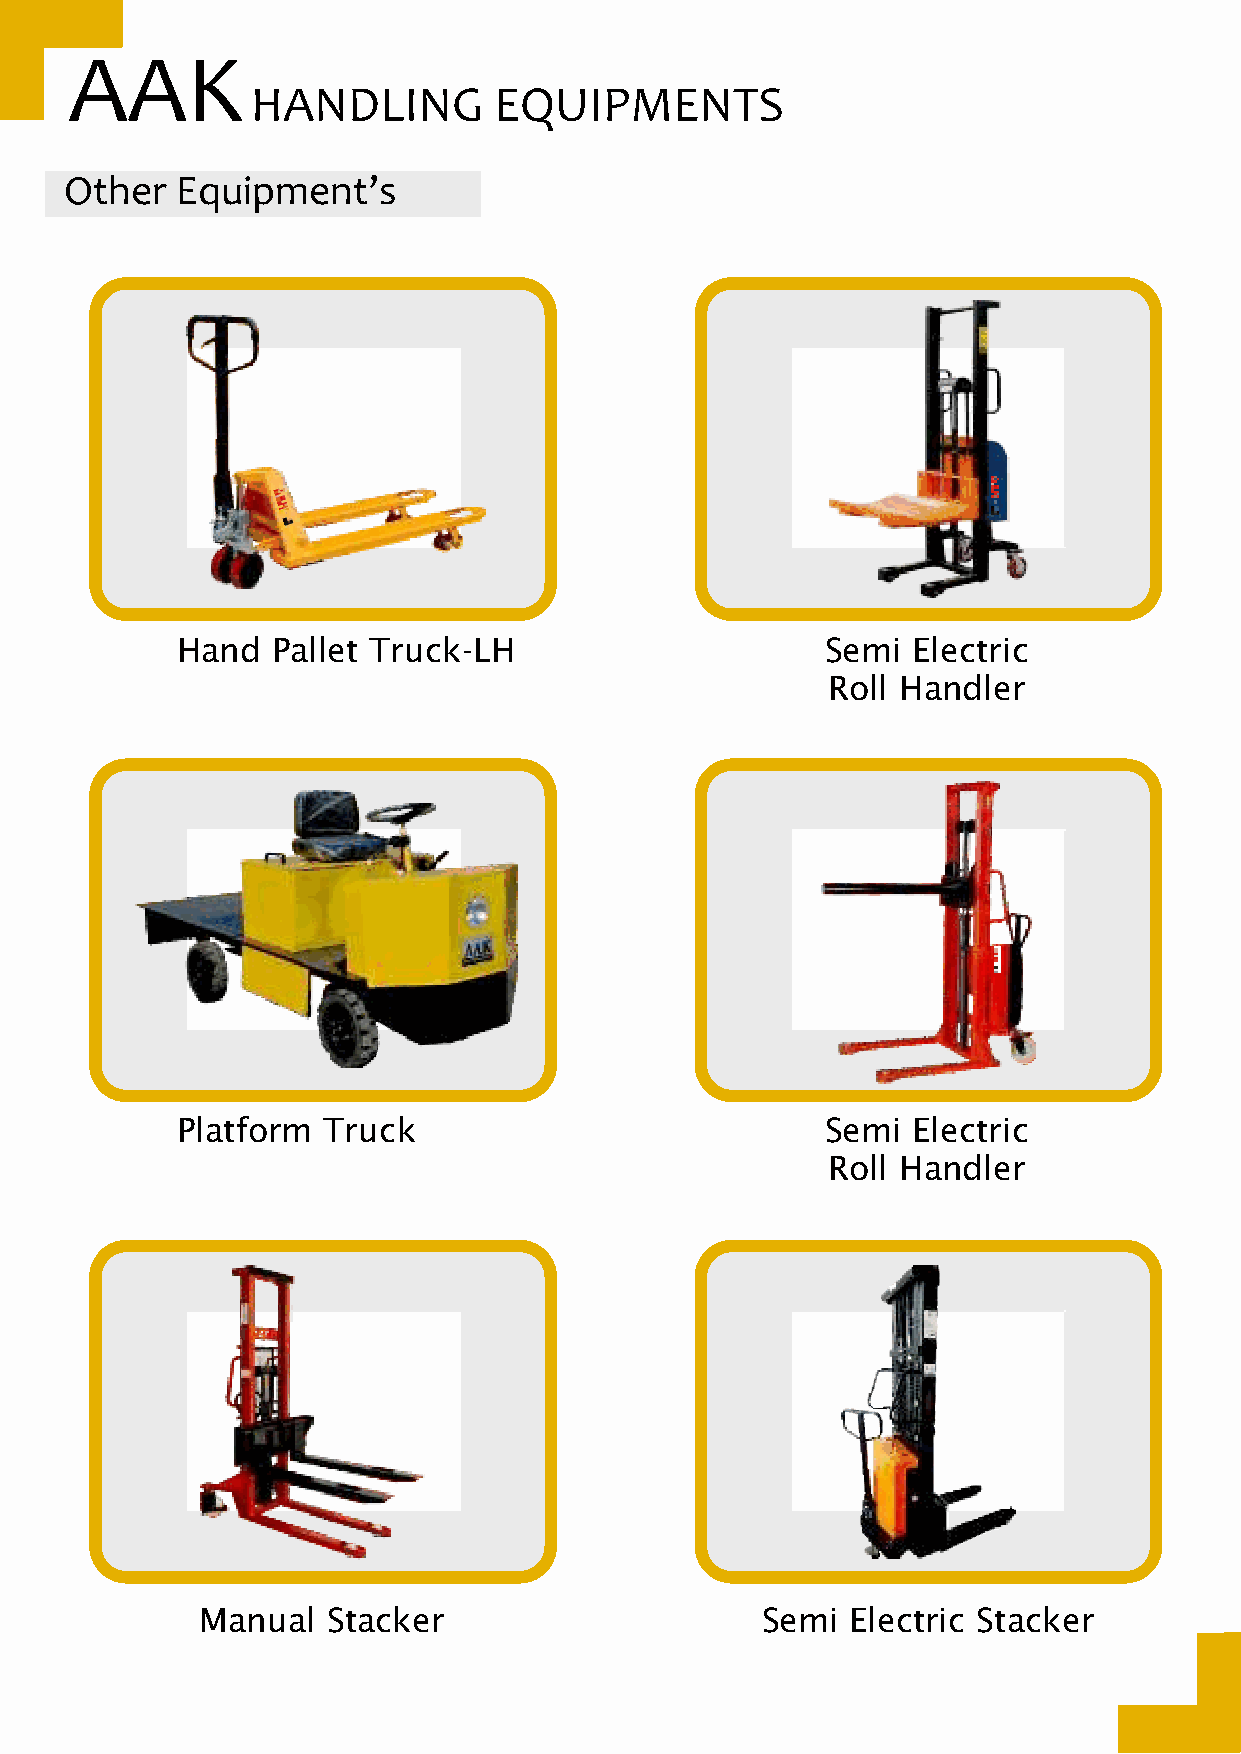
AAK
 HANDLING        EQUIPMENTS
 Other   Equipment’s
 Hand  Pallet Truck-LH                      Semi Electric
 Roll Handler
 Platform Truck                             Semi Electric
 Roll Handler
 Manual   Stacker                     Semi  Electric Stacker